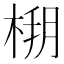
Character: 𣔒